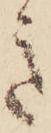
き